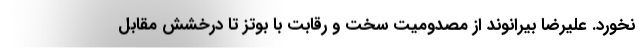
نخورد. علیرضا بیرانوند از مصدومیت سخت و رقابت با بوتز تا درخشش مقابل